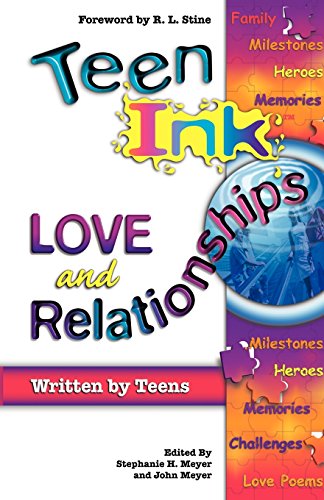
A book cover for Teen Ink  Love and Relation; Stephanie H. Meyer; Romance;